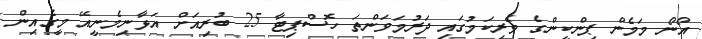
އޯނޯ މަމެން ޕިންކީންގެ ވެރިކަމުގައި ދަރުމަވަންތަ ހޮސްޕިޓާ 25 ބުރިއަށް އަޅާނިމެނީއޭ މީގެއިން